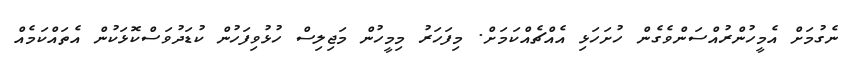
ނެގުމަށް އެމީހުންރުއްސަންވެގެން ހުށަހަޅި އެއްޗެއްކަމަށް. މިފަހަރު މިމީހުން މަޖިލިސް ހުޅުވިފަހުން ކުޑަދުވަސްކޮޅަކުން އެތައްކަމެއް